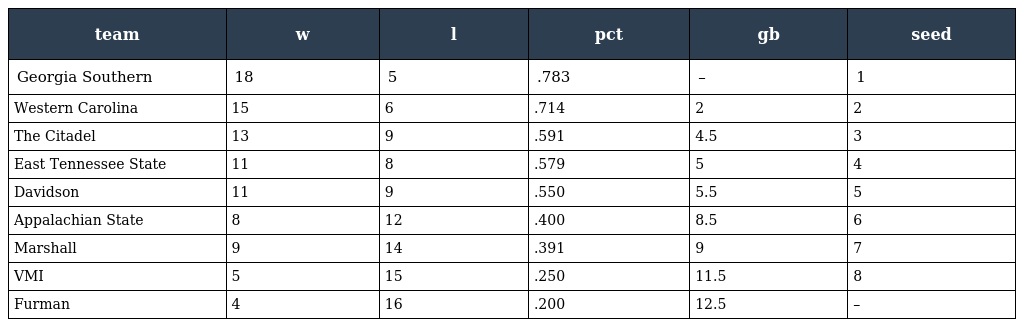
| team | w | l | pct | gb | seed |
 | --- | --- | --- | --- | --- | --- |
 | Georgia Southern | 18 | 5 | .783 | – | 1 |
 | Western Carolina | 15 | 6 | .714 | 2 | 2 |
 | The Citadel | 13 | 9 | .591 | 4.5 | 3 |
 | East Tennessee State | 11 | 8 | .579 | 5 | 4 |
 | Davidson | 11 | 9 | .550 | 5.5 | 5 |
 | Appalachian State | 8 | 12 | .400 | 8.5 | 6 |
 | Marshall | 9 | 14 | .391 | 9 | 7 |
 | VMI | 5 | 15 | .250 | 11.5 | 8 |
 | Furman | 4 | 16 | .200 | 12.5 | – |